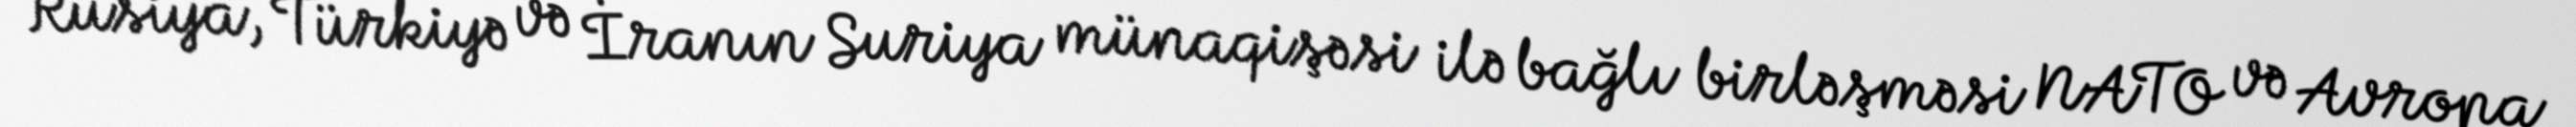
Rusiya, Türkiyə və İranın Suriya münaqişəsi ilə bağlı birləşməsi NATO və Avropa